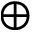
\oplus